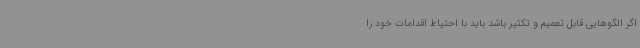
اگر الگوهایی قابل تعمیم و تکثیر باشد باید با احتیاط اقدامات خود را